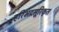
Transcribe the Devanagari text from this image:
हरिभद्रसूरिकृत